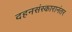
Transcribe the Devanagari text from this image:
दहनसंस्कारानंतर